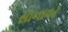
સાનાવર